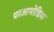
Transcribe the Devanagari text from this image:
परआयोडिक